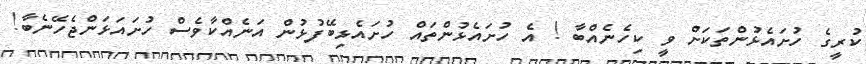
ކުރީގެ ހުށައެޅުންތަކަށް ވީ ކިހެނެއްބާ ! އެ ހުށައެޅުންތައް ހުށައެޅިބޭފުޅުން އަނެއްކާވެސް ހުށައަޅަންޖެހޭނެބާ!